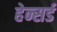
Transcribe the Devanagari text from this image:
हेन्सर्ड